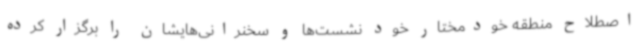
اصطلاح منطقه خودمختار خود نشست‌ها و سخنرانی‌هایشان را برگزار کرده